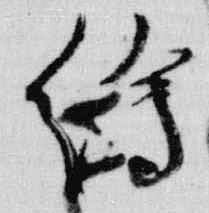
絵